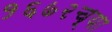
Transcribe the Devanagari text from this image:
१६७२च्या